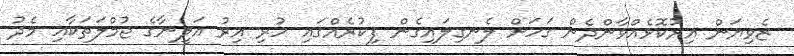
ޒެވިޔަން އިރުކޮޅެއްވާންދެން ގަހަށް ލެނގިލައިގެން ފިކުރެއްގައި ހުރި އިރު އަލީނާގެ ޖުމްލަތަކާއި މެދު